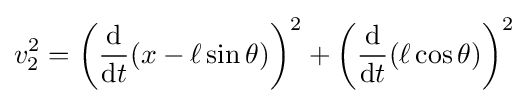
v_{2}^{2}=\left({\frac {\rm {d}}{{\rm {d}}t}}{\left(x-\ell \sin \theta \right)}\right)^{2}+\left({\frac {\rm {d}}{{\rm {d}}t}}{\left(\ell \cos \theta \right)}\right)^{2}